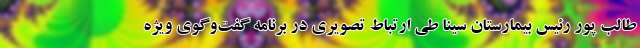
طالب پور رئیس بیمارستان سینا طی ارتباط تصویری در برنامه گفت‌وگوی ویژه